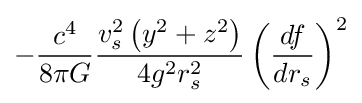
-{\frac {c^{4}}{8\pi G}}{\frac {v_{s}^{2}\left(y^{2}+z^{2}\right)}{4g^{2}r_{s}^{2}}}\left({\frac {df}{dr_{s}}}\right)^{2}